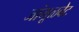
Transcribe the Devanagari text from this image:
जांभूळबेट